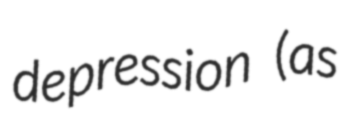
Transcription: depression (as